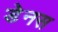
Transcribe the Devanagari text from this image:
डेनस